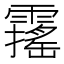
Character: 𩆋